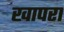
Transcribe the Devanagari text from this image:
खापरा